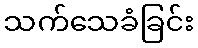
သက်သေခံခြင်း